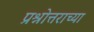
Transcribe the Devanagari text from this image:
प्रश्नोत्तराच्या